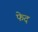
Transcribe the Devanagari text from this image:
फेद